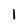
Character: 1